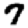
Digit: 7